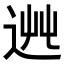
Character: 𨒯